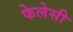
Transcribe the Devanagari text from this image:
फेलेसी